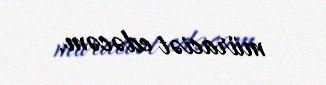
müraciət edəcəm.